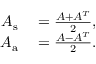
\begin{array} { r l } { A _ { \mathrm { s } } } & { { } = \frac { A + A ^ { T } } { 2 } , } \\ { A _ { \mathrm { a } } } & { { } = \frac { A - A ^ { T } } { 2 } . } \end{array}